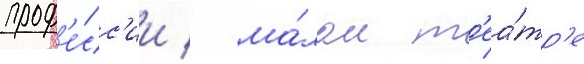
проф'е́сс'ии / ма́лом т'еа́тр'е